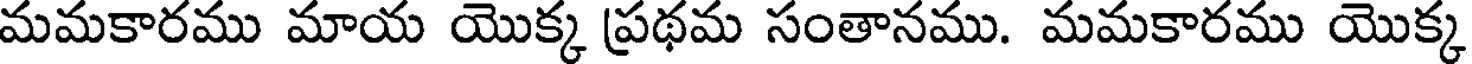
మమకారము మాయ యొక్క ప్రథమ సంతానము. మమకారము యొక్క